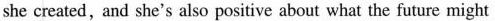
she created,and she's also positive about what the future might